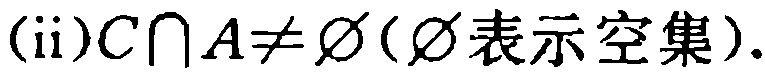
(ii)$C\cap A\neq \varnothing(\varnothing表示空集).$